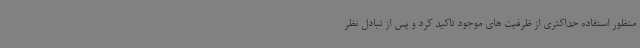
منظور استفاده حداکثری از ظرفیت های موجود تاکید کرد و پس از تبادل نظر